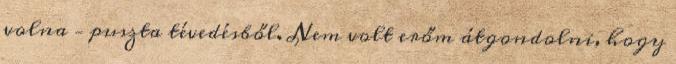
volna – puszta tévedésből. Nem volt erőm átgondolni, hogy